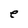
Character: e